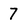
Character: 7